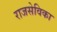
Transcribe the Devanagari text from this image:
राजसेविका